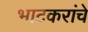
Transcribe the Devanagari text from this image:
भाटकरांचे